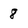
Character: 8